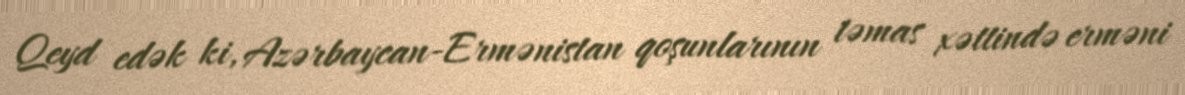
Qeyd edək ki, Azərbaycan-Ermənistan qoşunlarının təmas xəttində erməni